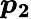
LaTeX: \boldsymbol{p_{2}}